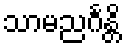
သာမညင်္ဂန္တိ